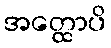
အတ္ထောပိ